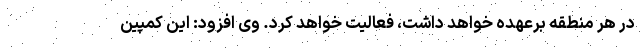
در هر منطقه برعهده خواهد داشت، فعالیت خواهد کرد. وی افزود: این کمپین